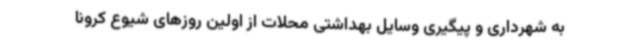
به شهرداری و پیگیری وسایل بهداشتی محلات از اولین روزهای شیوع کرونا